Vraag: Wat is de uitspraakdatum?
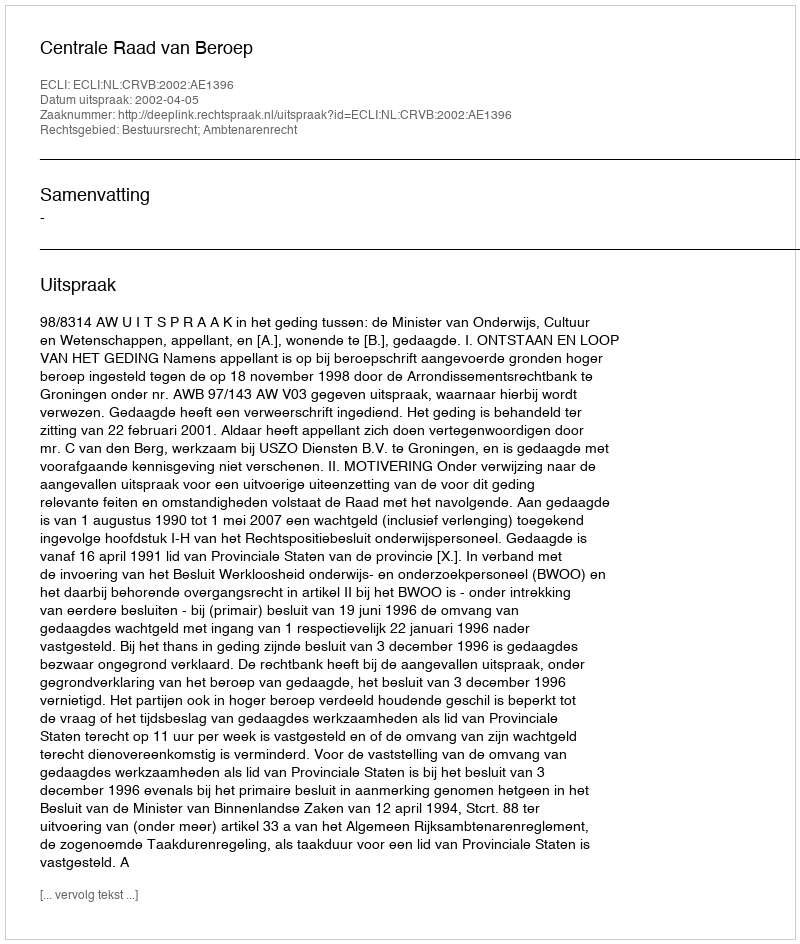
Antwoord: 2002-04-05